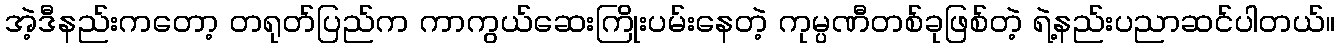
အဲ့ဒီနည်းကတော့ တရုတ်ပြည်က ကာကွယ်ဆေးကြိုးပမ်းနေတဲ့ ကုမ္ပဏီတစ်ခုဖြစ်တဲ့ ရဲ့နည်းပညာဆင်ပါတယ်။